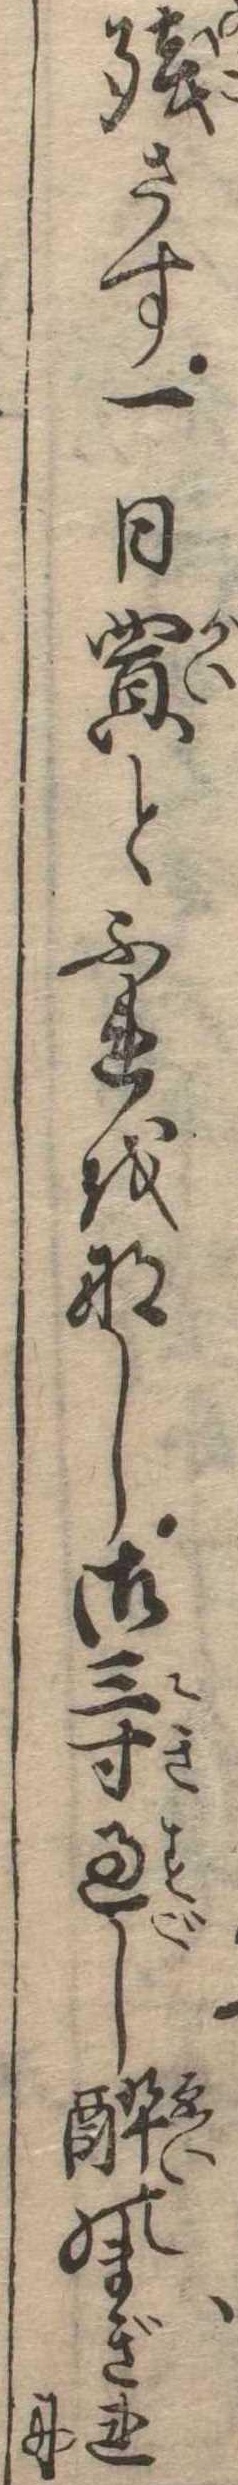
残さす一日買とふれをなし御三寸過し酔のまぎれに